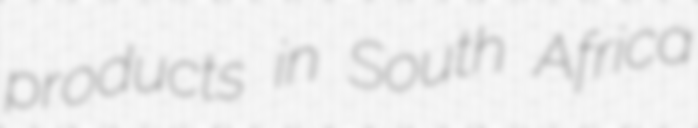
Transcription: products in South Africa